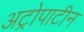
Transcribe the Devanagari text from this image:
अट्रोपाटीन